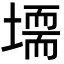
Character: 𡑂